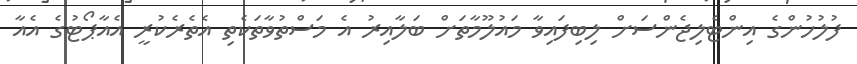
ފުލުހުންގެ އިންޓެލިޖެންސަށް ލިބިފައިވާ މައުލޫމާތަށް ބަލާއިރު އެ މަސްތުވާތަކެތި އެތެރެކުރީ އެއާޕޯޓުގެ އެއާ